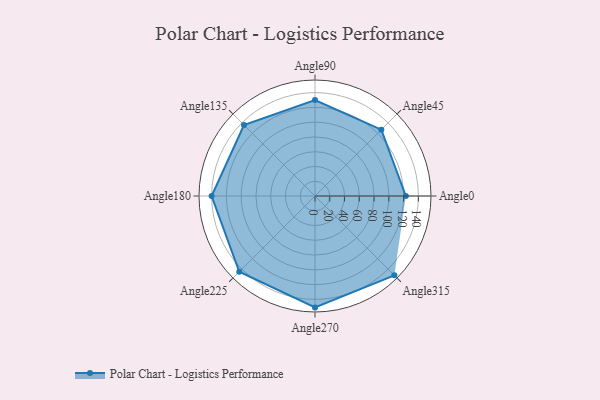
{"axis": {"x": "Angle", "y": "Radius"}, "legend": [""], "data": [{"x": "Angle0", "y": 123.0, "type": ""}, {"x": "Angle45", "y": 127.0, "type": ""}, {"x": "Angle90", "y": 130.0, "type": ""}, {"x": "Angle135", "y": 136.0, "type": ""}, {"x": "Angle180", "y": 140.0, "type": ""}, {"x": "Angle225", "y": 145.0, "type": ""}, {"x": "Angle270", "y": 151.0, "type": ""}, {"x": "Angle315", "y": 152.0, "type": ""}]}